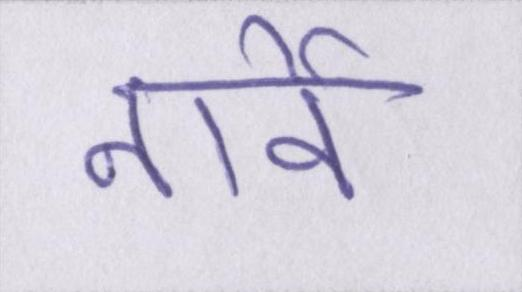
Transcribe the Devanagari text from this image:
नार्वे